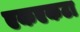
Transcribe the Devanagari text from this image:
एकएकटा